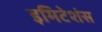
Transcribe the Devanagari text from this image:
इमिटेशंस